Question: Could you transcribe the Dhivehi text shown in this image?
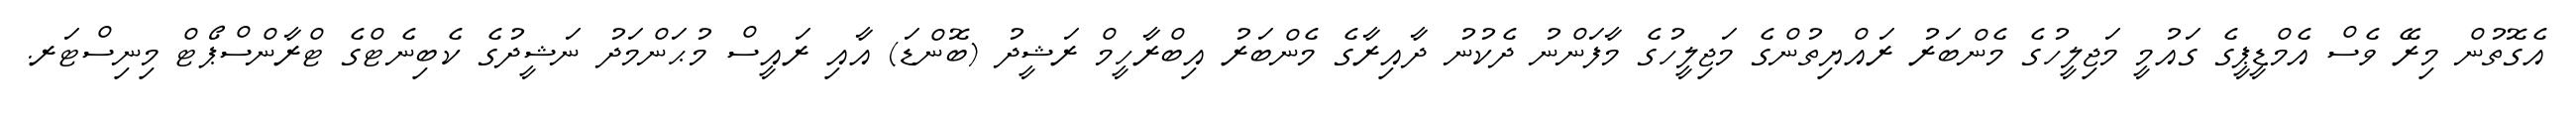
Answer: އެގޮތުން މިރޭ ވެސް އެމްޑީޕީގެ ގައުމީ މަޖިލީހުގެ މެންބަރު ރައްޔިތުންގެ މަޖިލީހުގެ މާފަންނު ދެކުނު ދާއިރާގެ މެންބަރު އިބްރާހީމް ރަޝީދު (ބޮންޑަ) އާއި ރައީސް މުޙަންމަދު ނަޝީދުގެ ކެބިނެޓްގެ ޓްރާންސްޕޯޓް މިނިސްޓަރ.